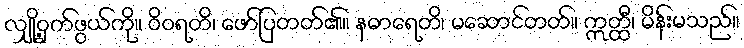
လျှို့ဝှက်ဖွယ်ကို။ ဝိဝရတိ၊ ဖော်ပြတတ်၏။ နဓာရေတိ၊ မဆောင်တတ်။ ဣတ္ထီ၊ မိန်းမသည်။